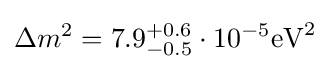
\Delta {m^{2}}=7.9_{-0.5}^{+0.6}\cdot 10^{-5}{\text{eV}}^{2}